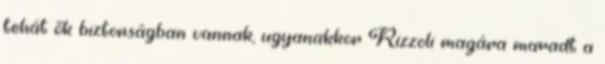
tehát ők biztonságban vannak, ugyanakkor Rizzoli magára maradt a